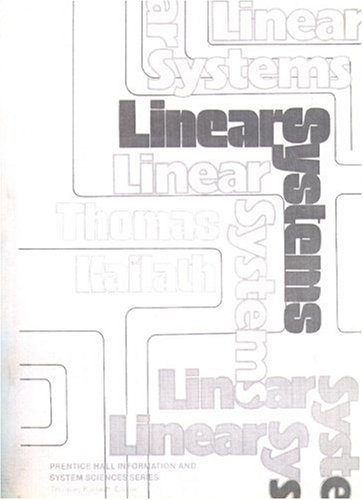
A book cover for Linear Systems; Thomas Kailath; Science & Math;